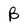
Character: B